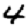
Digit: 4